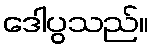
ဒေါပွသည်။